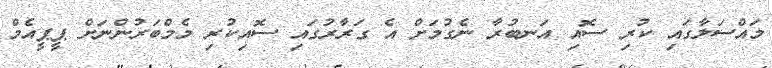
މައްސަލާގައި ކުރި ސޮއި އަނބުރާ ނެގުމަށް އެ ގަރާރުގައި ސޮއިކުރި މެމްބަރުންނަށް ޕީޕީއެމް